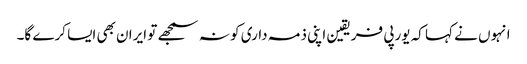
انہوں نے کہا کہ یورپی فریقین اپنی ذمہ داری کو نہ سمجھے تو ایران بھی ایسا کرے گا۔